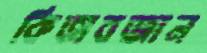
কিতাবজান